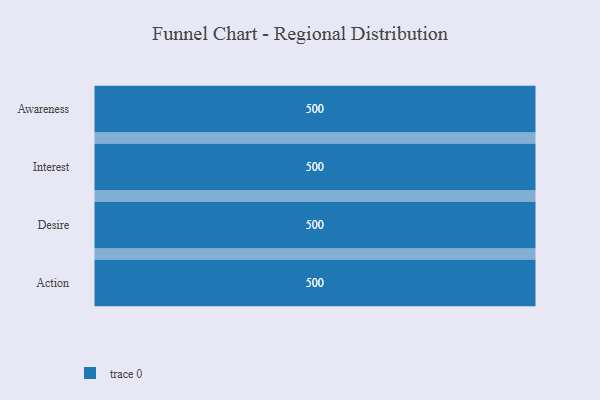
{"axis": {"x": "Stage", "y": "Value"}, "legend": [""], "data": [{"x": "Awareness", "y": 500, "type": ""}, {"x": "Interest", "y": 500, "type": ""}, {"x": "Desire", "y": 500, "type": ""}, {"x": "Action", "y": 500, "type": ""}]}